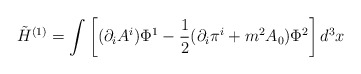
\begin{align*}\tilde H^{(1)} = \int \left[ (\partial_iA^i) \Phi^1 -\frac{1}{2}(\partial_i\pi^i + m^2 A_0) \Phi^2\right] d^3x \end{align*}